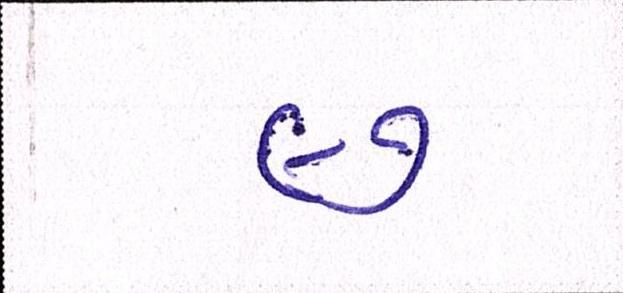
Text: ૯૭